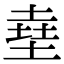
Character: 㙓